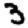
Digit: 3